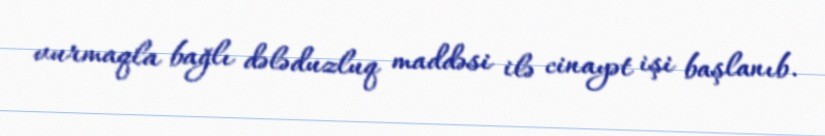
vurmaqla bağlı dələduzluq maddəsi ilə cinayət işi başlanıb.